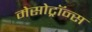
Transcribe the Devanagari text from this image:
मेसोट्रॉन्स